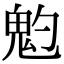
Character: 𩲃